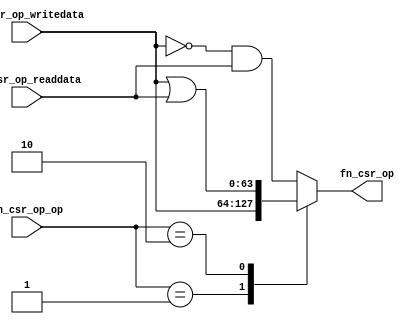
//
// Generated by Bluespec Compiler, version 2022.01-5-ge3edf4b1 (build e3edf4b1)
//
// On Fri Apr 15 12:46:51 EDT 2022
//
//
// Ports:
// Name                         I/O  size props
// fn_csr_op                      O    64
// fn_csr_op_writedata            I    64
// fn_csr_op_readdata             I    64
// fn_csr_op_op                   I     2
//
// Combinational paths from inputs to outputs:
//   (fn_csr_op_writedata, fn_csr_op_readdata, fn_csr_op_op) -> fn_csr_op
//
//

`ifdef BSV_ASSIGNMENT_DELAY
`else
  `define BSV_ASSIGNMENT_DELAY
`endif

`ifdef BSV_POSITIVE_RESET
  `define BSV_RESET_VALUE 1'b1
  `define BSV_RESET_EDGE posedge
`else
  `define BSV_RESET_VALUE 1'b0
  `define BSV_RESET_EDGE negedge
`endif

module module_fn_csr_op(fn_csr_op_writedata,
			fn_csr_op_readdata,
			fn_csr_op_op,
			fn_csr_op);
  // value method fn_csr_op
  input  [63 : 0] fn_csr_op_writedata;
  input  [63 : 0] fn_csr_op_readdata;
  input  [1 : 0] fn_csr_op_op;
  output [63 : 0] fn_csr_op;

  // signals for module outputs
  reg [63 : 0] fn_csr_op;

  // remaining internal signals
  wire [63 : 0] x__h48;

  // value method fn_csr_op
  always@(fn_csr_op_op or x__h48 or fn_csr_op_readdata or fn_csr_op_writedata)
  begin
    case (fn_csr_op_op)
      2'd1: fn_csr_op = fn_csr_op_writedata;
      2'd2: fn_csr_op = fn_csr_op_writedata | fn_csr_op_readdata;
      default: fn_csr_op = x__h48 & fn_csr_op_readdata;
    endcase
  end

  // remaining internal signals
  assign x__h48 = ~fn_csr_op_writedata ;
endmodule  // module_fn_csr_op